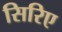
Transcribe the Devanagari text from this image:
सिरिए